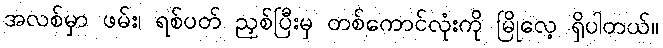
အလစ်မှာ ဖမ်း၊ ရစ်ပတ် ညှစ်ပြီးမှ တစ်ကောင်လုံးကို မြိုလေ့ ရှိပါတယ်။